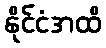
နိုင်ငံအထိ